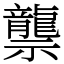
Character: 龒